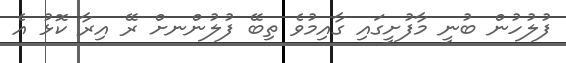
ފުލުހުން ބުނީ މާފުށީގައި ގާއިމުވެ ތިބޭ ފުލުުންނށް ރޭ އިރާ ކޮޅު އެ